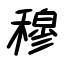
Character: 穆